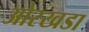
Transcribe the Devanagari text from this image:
ओरखडा